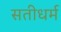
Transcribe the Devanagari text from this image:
सतीधर्म